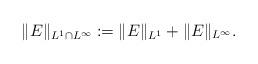
LaTeX: \begin{align*}\|E\|_{L^1\cap L^\infty}:= \|E\|_{L^1}+\|E\|_{L^\infty}.\end{align*}